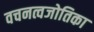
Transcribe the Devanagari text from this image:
वचनत्वजोतिका